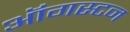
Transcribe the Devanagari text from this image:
ऑगस्टन